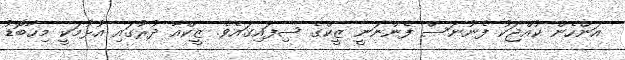
އަންހެން ކުއްޖަކު ފެނުނަސް ފެންނަނީ ޒީކްގެ ސިފައިގައެވެ. ޒީކްއާ ދުރުގައި އުޅުމަކީ މިހާބޮޑު